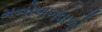
મનોબળવાળો